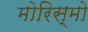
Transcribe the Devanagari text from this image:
मोरिस्मो